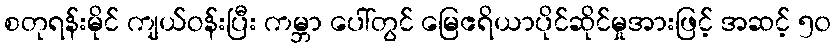
စတုရန်းမိုင် ကျယ်ဝန်းပြီး ကမ္ဘာ ပေါ်တွင် မြေဧရိယာပိုင်ဆိုင်မှုအားဖြင့် အဆင့် ၅၀